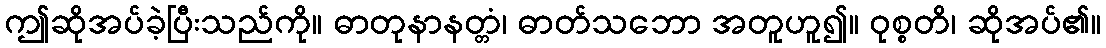
ဤဆိုအပ်ခဲ့ပြီးသည်ကို။ ဓာတုနာနတ္တံ၊ ဓာတ်သဘော အတူဟူ၍။ ဝုစ္စတိ၊ ဆိုအပ်၏။